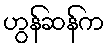
ဟွန်ဆန်က